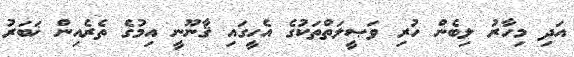
އަދި މިހާރު ލިބެން ހުރި ވަޞީލަތްތަކުގެ އެހީގައި ޤާނޫނީ އިމުގެ ތެރެއިން ޚަބަރު